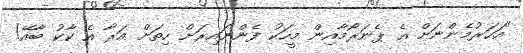
"އަހަރުމެންނަށް އެ ޕެނަރޯމާއިން މީހަކު ފެންނައިރަށް ހިތަށް އަރާ އެ ކާކު ބާއޭ!